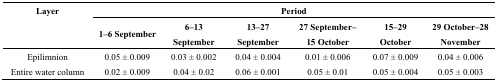
| <ROWSPAN=2> Layer | <COLSPAN=6> Period |
 | 1–6 September | 6–13 September | 13–27 September | 27 September–15 October | 15–29 October | 29 October–28 November |
 | --- | --- | --- | --- | --- | --- | --- |
 | Epilimnion | 0.05 ± 0.009 | 0.03 ± 0.002 | 0.04 ± 0.004 | 0.01 ± 0.006 | 0.07 ± 0.009 | 0.04 ± 0.006 |
 | Entire water column | 0.02 ± 0.009 | 0.04 ± 0.02 | 0.06 ± 0.001 | 0.05 ± 0.01 | 0.05 ± 0.004 | 0.05 ± 0.003 |